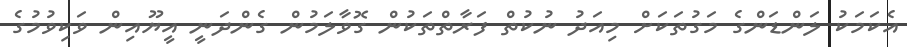
އެކަމަކު ލަންޑަންގެ މަގުތަކަށް މިއަދު ނުކުތް ފަރާތްތަކުން ގޮވާލަމުން ގެންދަނީ އީޔޫއިން ވަކިވުމުގެ